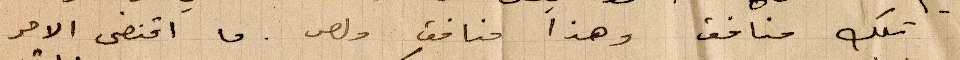
تلك منافق وهذا منافق ولص. ما اقتضى الامر